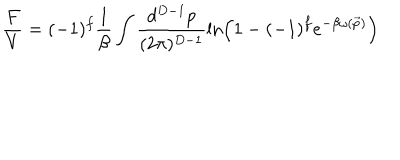
LaTeX: \frac { F } { V } = ( - 1 ) ^ { f } \frac { 1 } { \beta } \int \frac { d ^ { D - 1 } p } { ( 2 \pi ) ^ { D - 1 } } \ln \left( 1 - ( - 1 ) ^ { f } e ^ { - \beta \omega ( \vec { p } ) } \right)